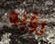
رؤيه